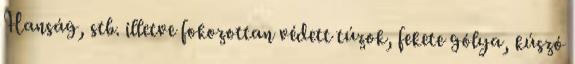
Hanság, stb. illetve fokozottan védett túzok, fekete gólya, kúszó